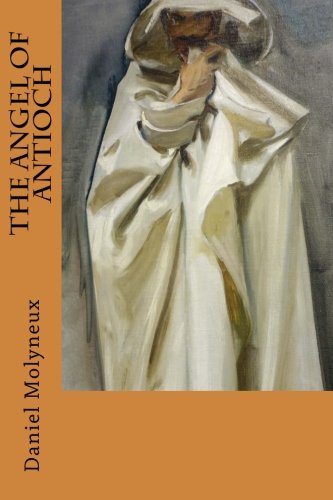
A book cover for The Angel Of Antioch; Daniel Molyneux; Christian Books & Bibles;